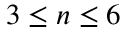
3 \leq n \leq 6